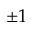
\pm 1